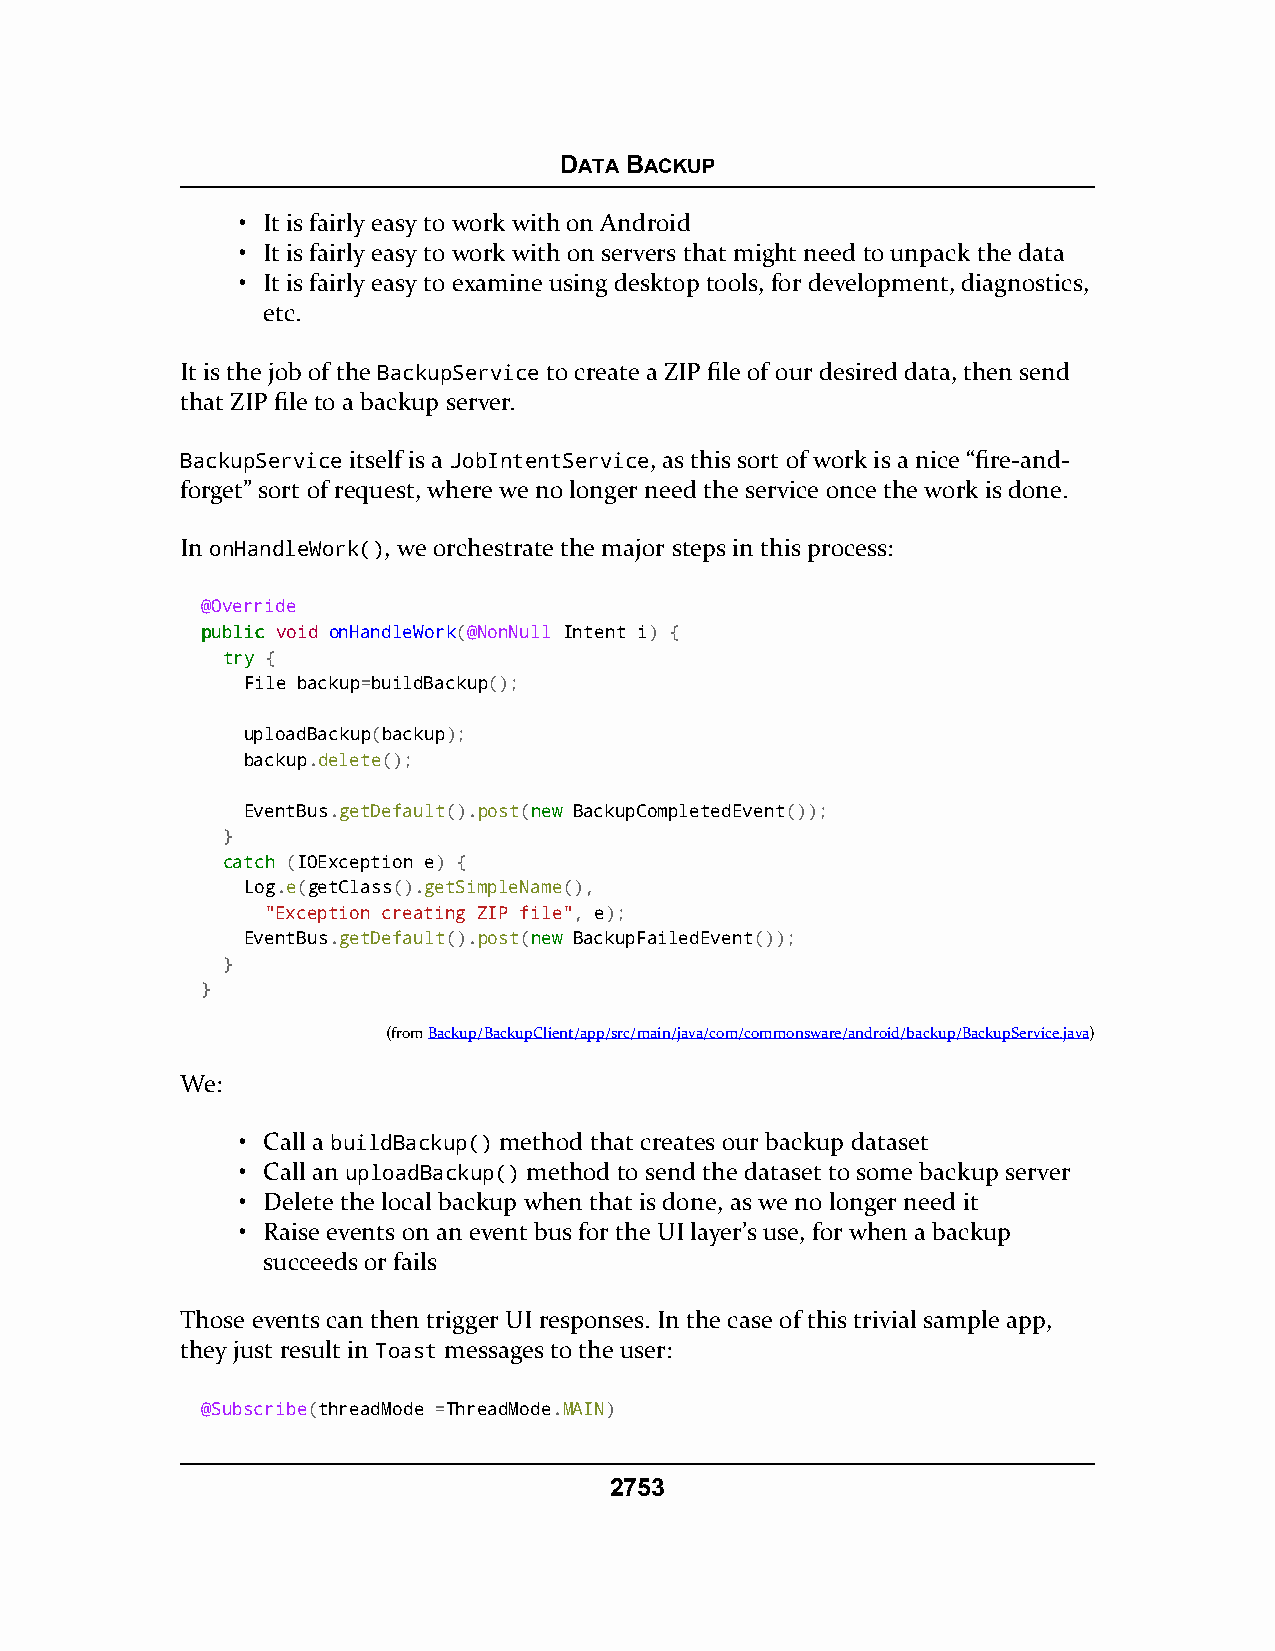
DATA BACKUP
 • It is fairly easy to work with on Android
 • It is fairly easy to work with on servers that might need to unpack the data
 • It is fairly easy to examine using desktop tools, for development, diagnostics,
 etc.
 It is the job of the BackupService to create a ZIP file of our desired data, then send
 that ZIP file to a backup server.
 BackupService itself is a JobIntentService, as this sort of work is a nice “fire-and-
 forget” sort of request, where we no longer need the service once the work is done.
 In onHandleWork(), we orchestrate the major steps in this process:
 @Override
 ppuubblliicc void onHandleWork(@NonNull Intent i) {
 ttrryy {
 File backup=buildBackup();
 uploadBackup(backup);
 backup.delete();
 EventBus.getDefault().post(nneeww BackupCompletedEvent());
 }
 ccaattcchh (IOException e) {
 Log.e(getClass().getSimpleName(),
 "Exception creating ZIP file", e);
 EventBus.getDefault().post(nneeww BackupFailedEvent());
 }
 }
 (fromBackup/BackupClient/app/src/main/java/com/commonsware/android/backup/BackupService.java)
 We:
 • Call a buildBackup() method that creates our backup dataset
 • Call an uploadBackup() method to send the dataset to some backup server
 • Delete the local backup when that is done, as we no longer need it
 • Raise events on an event bus for the UI layer’s use, for when a backup
 succeeds or fails
 Those events can then trigger UI responses. In the case of this trivial sample app,
 they just result in Toast messages to the user:
 @Subscribe(threadMode =ThreadMode.MAIN)
 2753